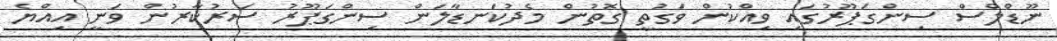
ނޫޑްލްސް ސިންގަޕޫރުގައި ވިއްކުން ވަގުތީ ގޮތުން މެދުކަނޑާލަން ސިންގަޕޫރު ސަރުކާރުން ވަނީ އިއްޔެ